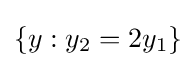
\{y:y_{2}=2y_{1}\}